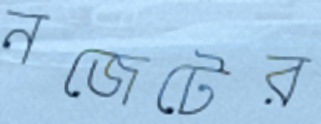
নজেটের